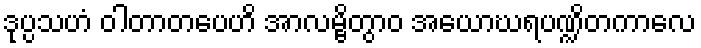
ဒုပ္ပသဟံ ဝါတာတပေဟိ အာလမ္ဗိတွာဝ အယောဃရပဏ္ဍိတကာလေ